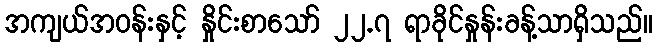
အကျယ်အဝန်းနှင့် နှိုင်းစာသော် ၂၂.၇ ရာခိုင်နှုန်းခန့်သာရှိသည်။